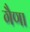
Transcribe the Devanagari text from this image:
गैणा